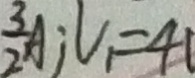
\frac { 3 } { 2 } A ; V _ { 1 } = 4 1